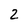
Character: 2